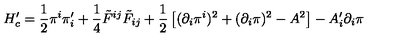
H _ { c } ^ { \prime } = \frac { 1 } { 2 } \pi ^ { i } \pi _ { i } ^ { \prime } + \frac { 1 } { 4 } \tilde { F } ^ { i j } \tilde { F } _ { i j } + \frac { 1 } { 2 } \left[ ( \partial _ { i } \pi ^ { i } ) ^ { 2 } + ( \partial _ { i } \pi ) ^ { 2 } - A ^ { 2 } \right] - A _ { i } ^ { \prime } \partial _ { i } \pi